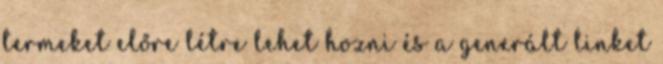
termeket előre létre lehet hozni és a generált linket